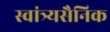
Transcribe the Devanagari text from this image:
स्वांत्र्यसैनिक